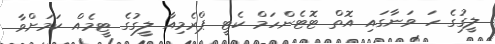
ލީގުގެ ހަ ވަނާގައި އޮތް ޓޮޓެންހަމް ކެޓީ ޕްރެމިއާ ލީގުގެ ޓީމެއް ކަމަށްވާ